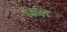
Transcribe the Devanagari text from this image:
फिलि